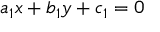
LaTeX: a _ { 1 } x + b _ { 1 } y + c _ { 1 } = 0